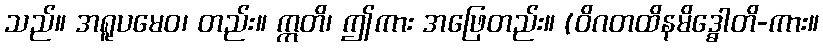
သည်။ အရူပမေဝ၊ တည်း။ ဣတိ၊ ဤကား အဖြေတည်း။ (ဝိဂတထိနမိဒ္ဓေါတိ-ကား။